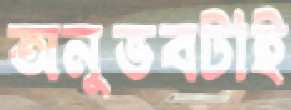
অনুভবটাই